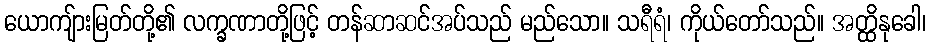
ယောကျ်ားမြတ်တို့၏ လက္ခဏာတို့ဖြင့် တန်ဆာဆင်အပ်သည် မည်သော။ သရီရံ၊ ကိုယ်တော်သည်။ အတ္ထိနုခေါ၊